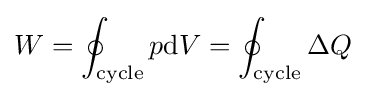
W=\oint _{\mathrm {cycle} }p\mathrm {d} V=\oint _{\mathrm {cycle} }\Delta Q